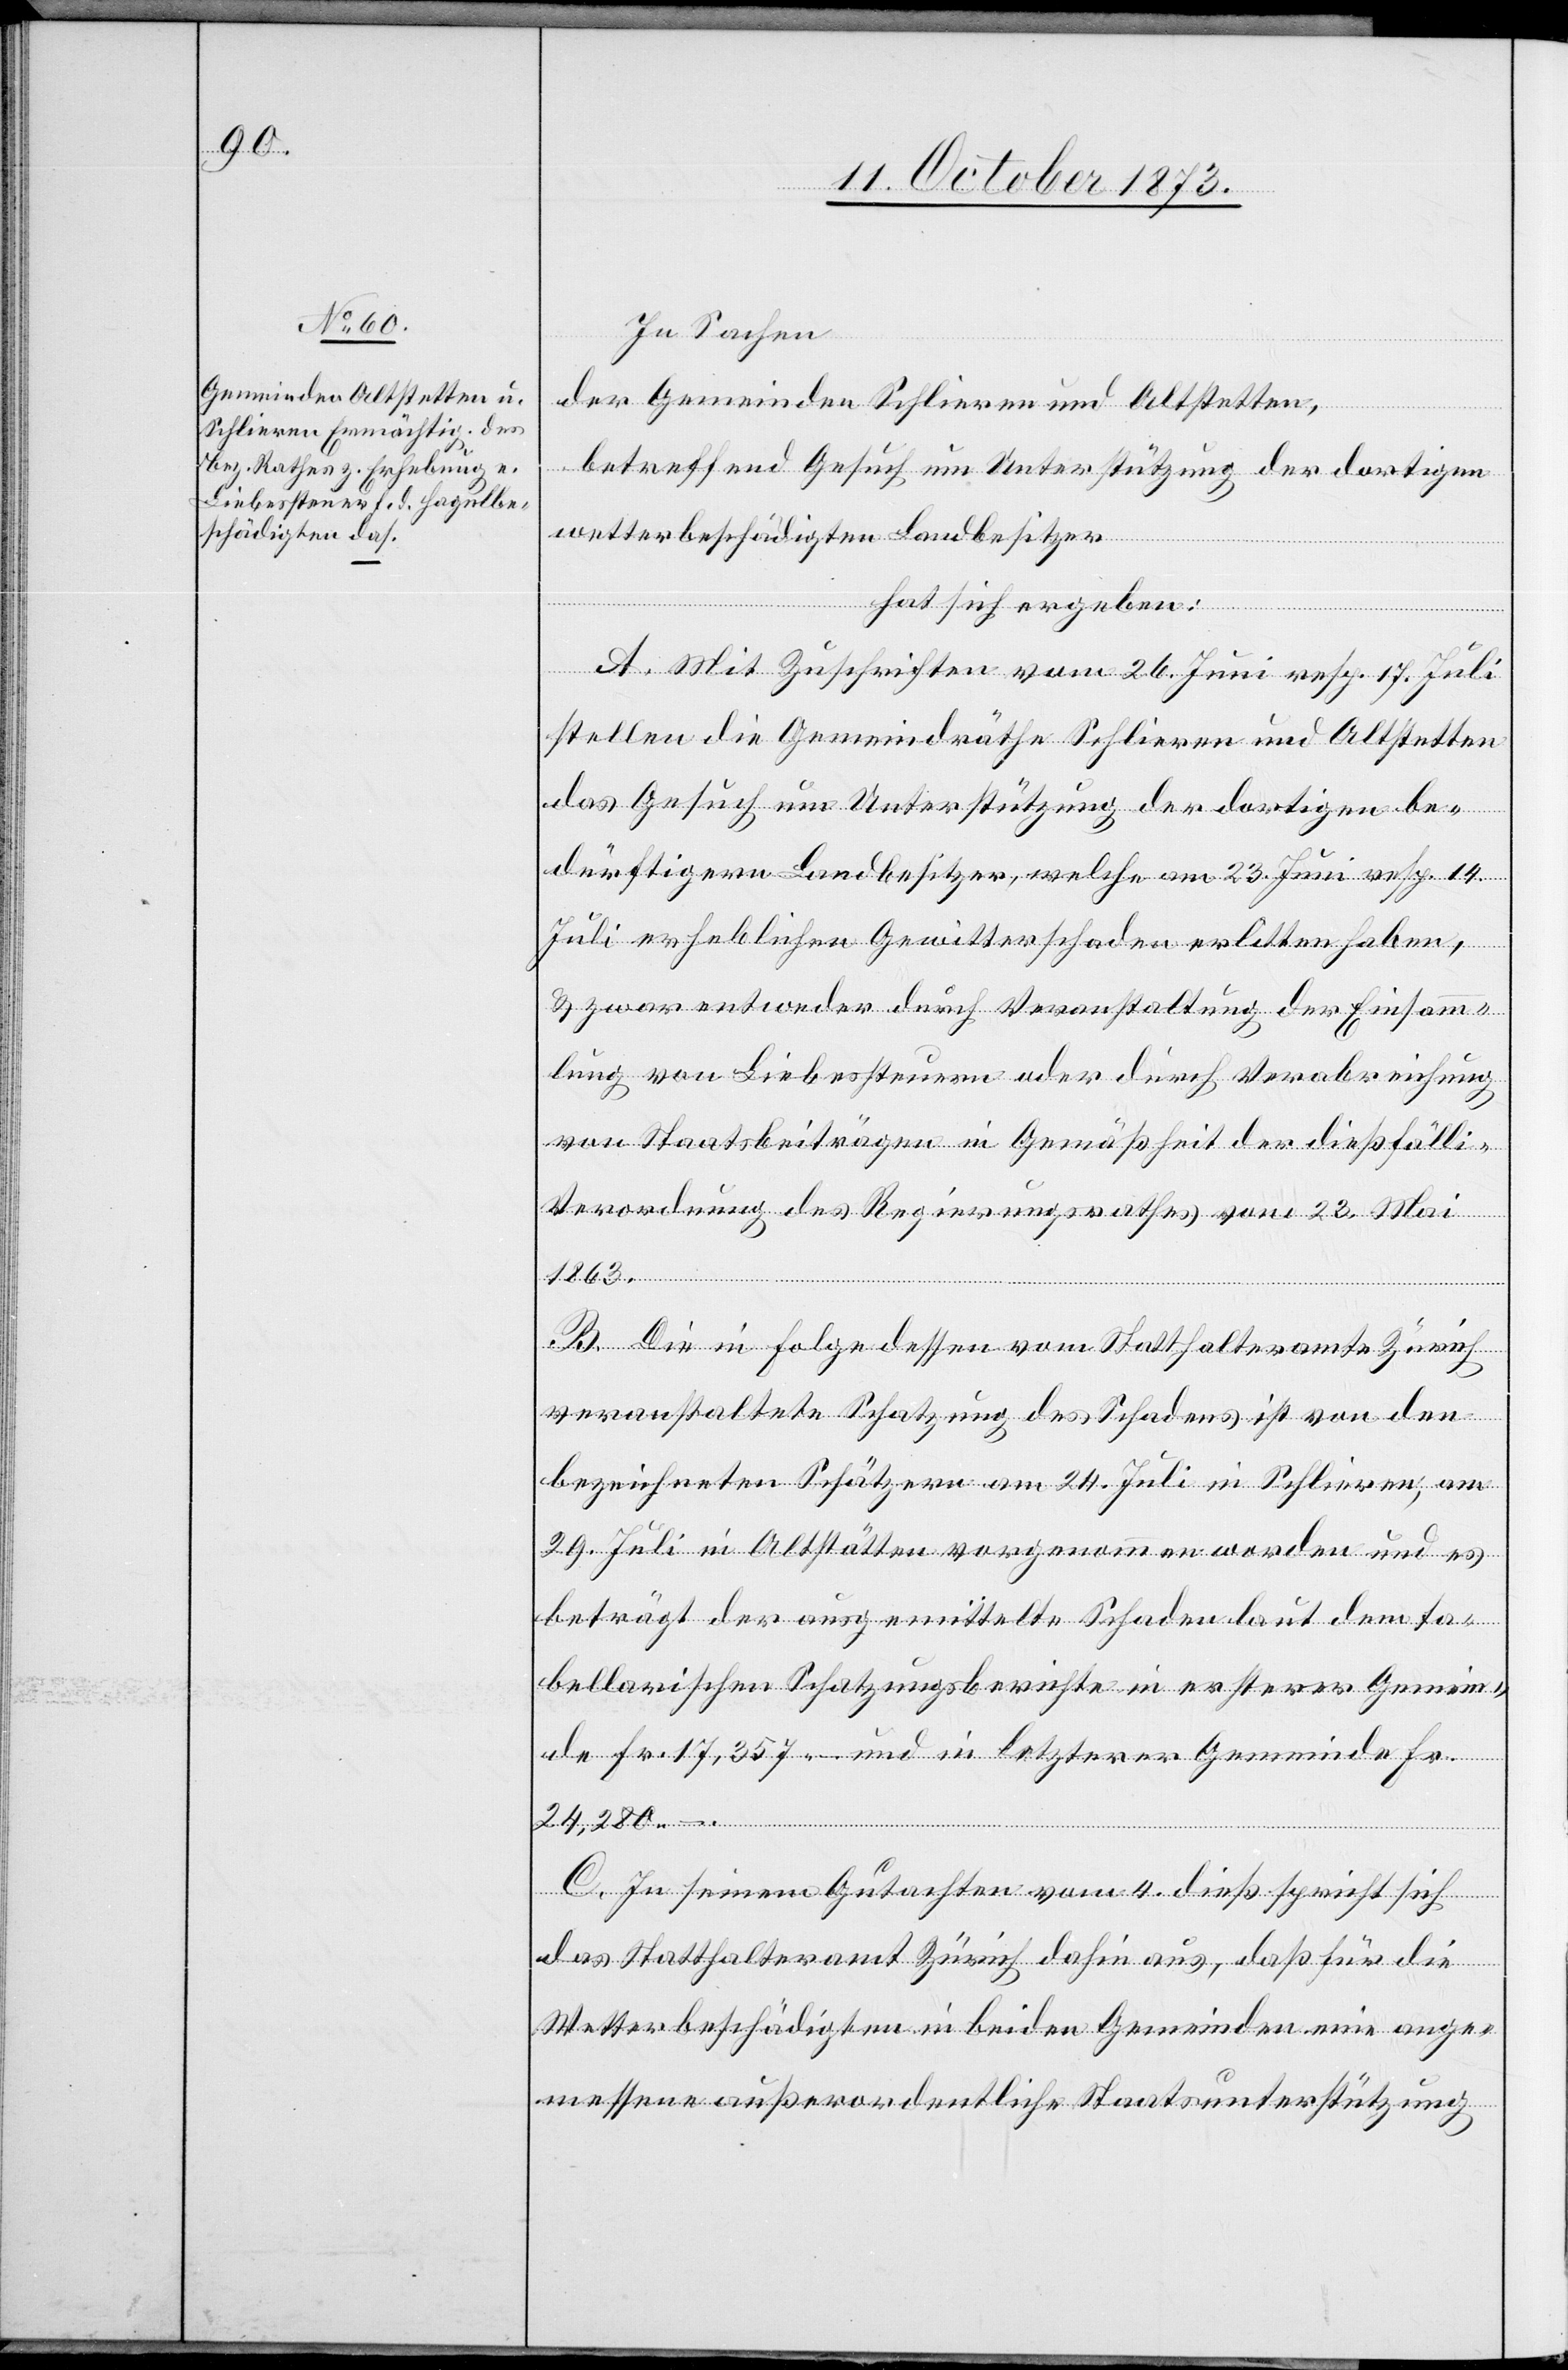
In Sachen
der Gemeinden Schlieren und Altstetten,
betreffend Gesuch um Unterstützung der dortigen
wetterbeschädigten Landbesitzer
hat sich ergeben:
A. Mit Zuschriften vom 26. Juni resp. 17. Juli
stellen die Gemeindräthe Schlieren und Altstetten
das Gesuch um Unterstützung der dortigen be¬
dürftigern Landbesitzer, welche am 23. Juni resp. 14.
Juli erheblichen Gewitterschaden erlitten haben,
& zwar entweder durch Veranstaltung der Einsamm¬
lung von Liebessteuern oder durch Verabreichung
von Staatsbeiträgen in Gemäßheit der dießfälli[g¬
Verordnung des Regierungsrathes vom 23. Mai
en]
1863.
B. Die in Folge dessen vom Statthalteramte Zürich
veranstaltete Schatzung des Schadens ist von den
bezeichneten Schätzern am 24. Juli in Schlieren, am
29. Juli in Altstätten vorgenommen worden und es
beträgt der ausgemittelte Schaden laut dem ta¬
bellarischen Schatzungsberichte in ersterer Gemein¬
de Fr. 17,357 – und in letzterer Gemeinde Fr.
24,280 –.
C. In seinem Gutachten vom 4. dieß spricht sich
das Statthalteramt Zürich dahin aus, daß für die
Wetterbeschädigten in beiden Gemeinden eine ange¬
messene außerordentliche Staatsunterstützung